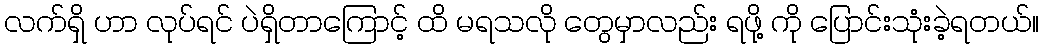
လက်ရှိ ဟာ လုပ်ရင် ပဲရှိတာကြောင့် ထိ မရသလို တွေမှာလည်း ရဖို့ ကို ပြောင်းသုံးခဲ့ရတယ်။